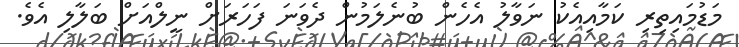
މަޑުމައިތިރި ކަމާއިއެކު ނަވާލު އެހެން ބުނެލަމުން ދެވަނަ ފަހަރަށް ނީލްއަށް ބަލާލި އެވެ.